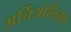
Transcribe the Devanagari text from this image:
अर्चिओनिक्स